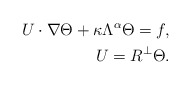
\begin{align*}U\cdot\nabla \Theta+\kappa\Lambda^\alpha\Theta =f,\\U=R^\perp\Theta.\end{align*}